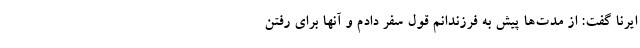
ایرنا گفت: از مدت‌ها پیش به فرزندانم قول سفر دادم و آنها برای رفتن